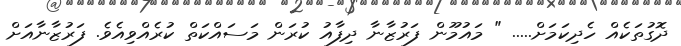
ދޮގުތަކެއް ހެދިކަމަށް..... " މައުމޫން ފަރުޒާނާ ދިފާއު ކުރަން މަސައްކަތް ކުރެއްވިއެވެ. ފަރުޒާނާއަށް